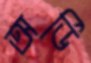
অর্ডি